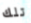
تلك